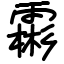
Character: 霦